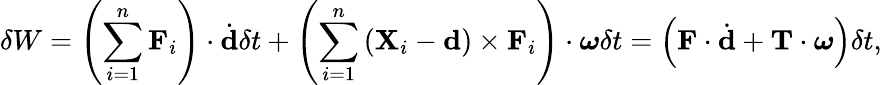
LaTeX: \delta W=\left(\sum_{i=1}^{n}\mathbf{F}_{i}\right)\cdot{\dot{\mathbf{d}}}\delta t+\left(\sum_{i=1}^{n}\left(\mathbf{X}_{i}-\mathbf{d}\right)\times\mathbf{F}_{i}\right)\cdot{\boldsymbol{\omega}}\delta t=\left(\mathbf{F}\cdot{\dot{\mathbf{d}}}+\mathbf{T}\cdot{\boldsymbol{\omega}}\right)\delta t,